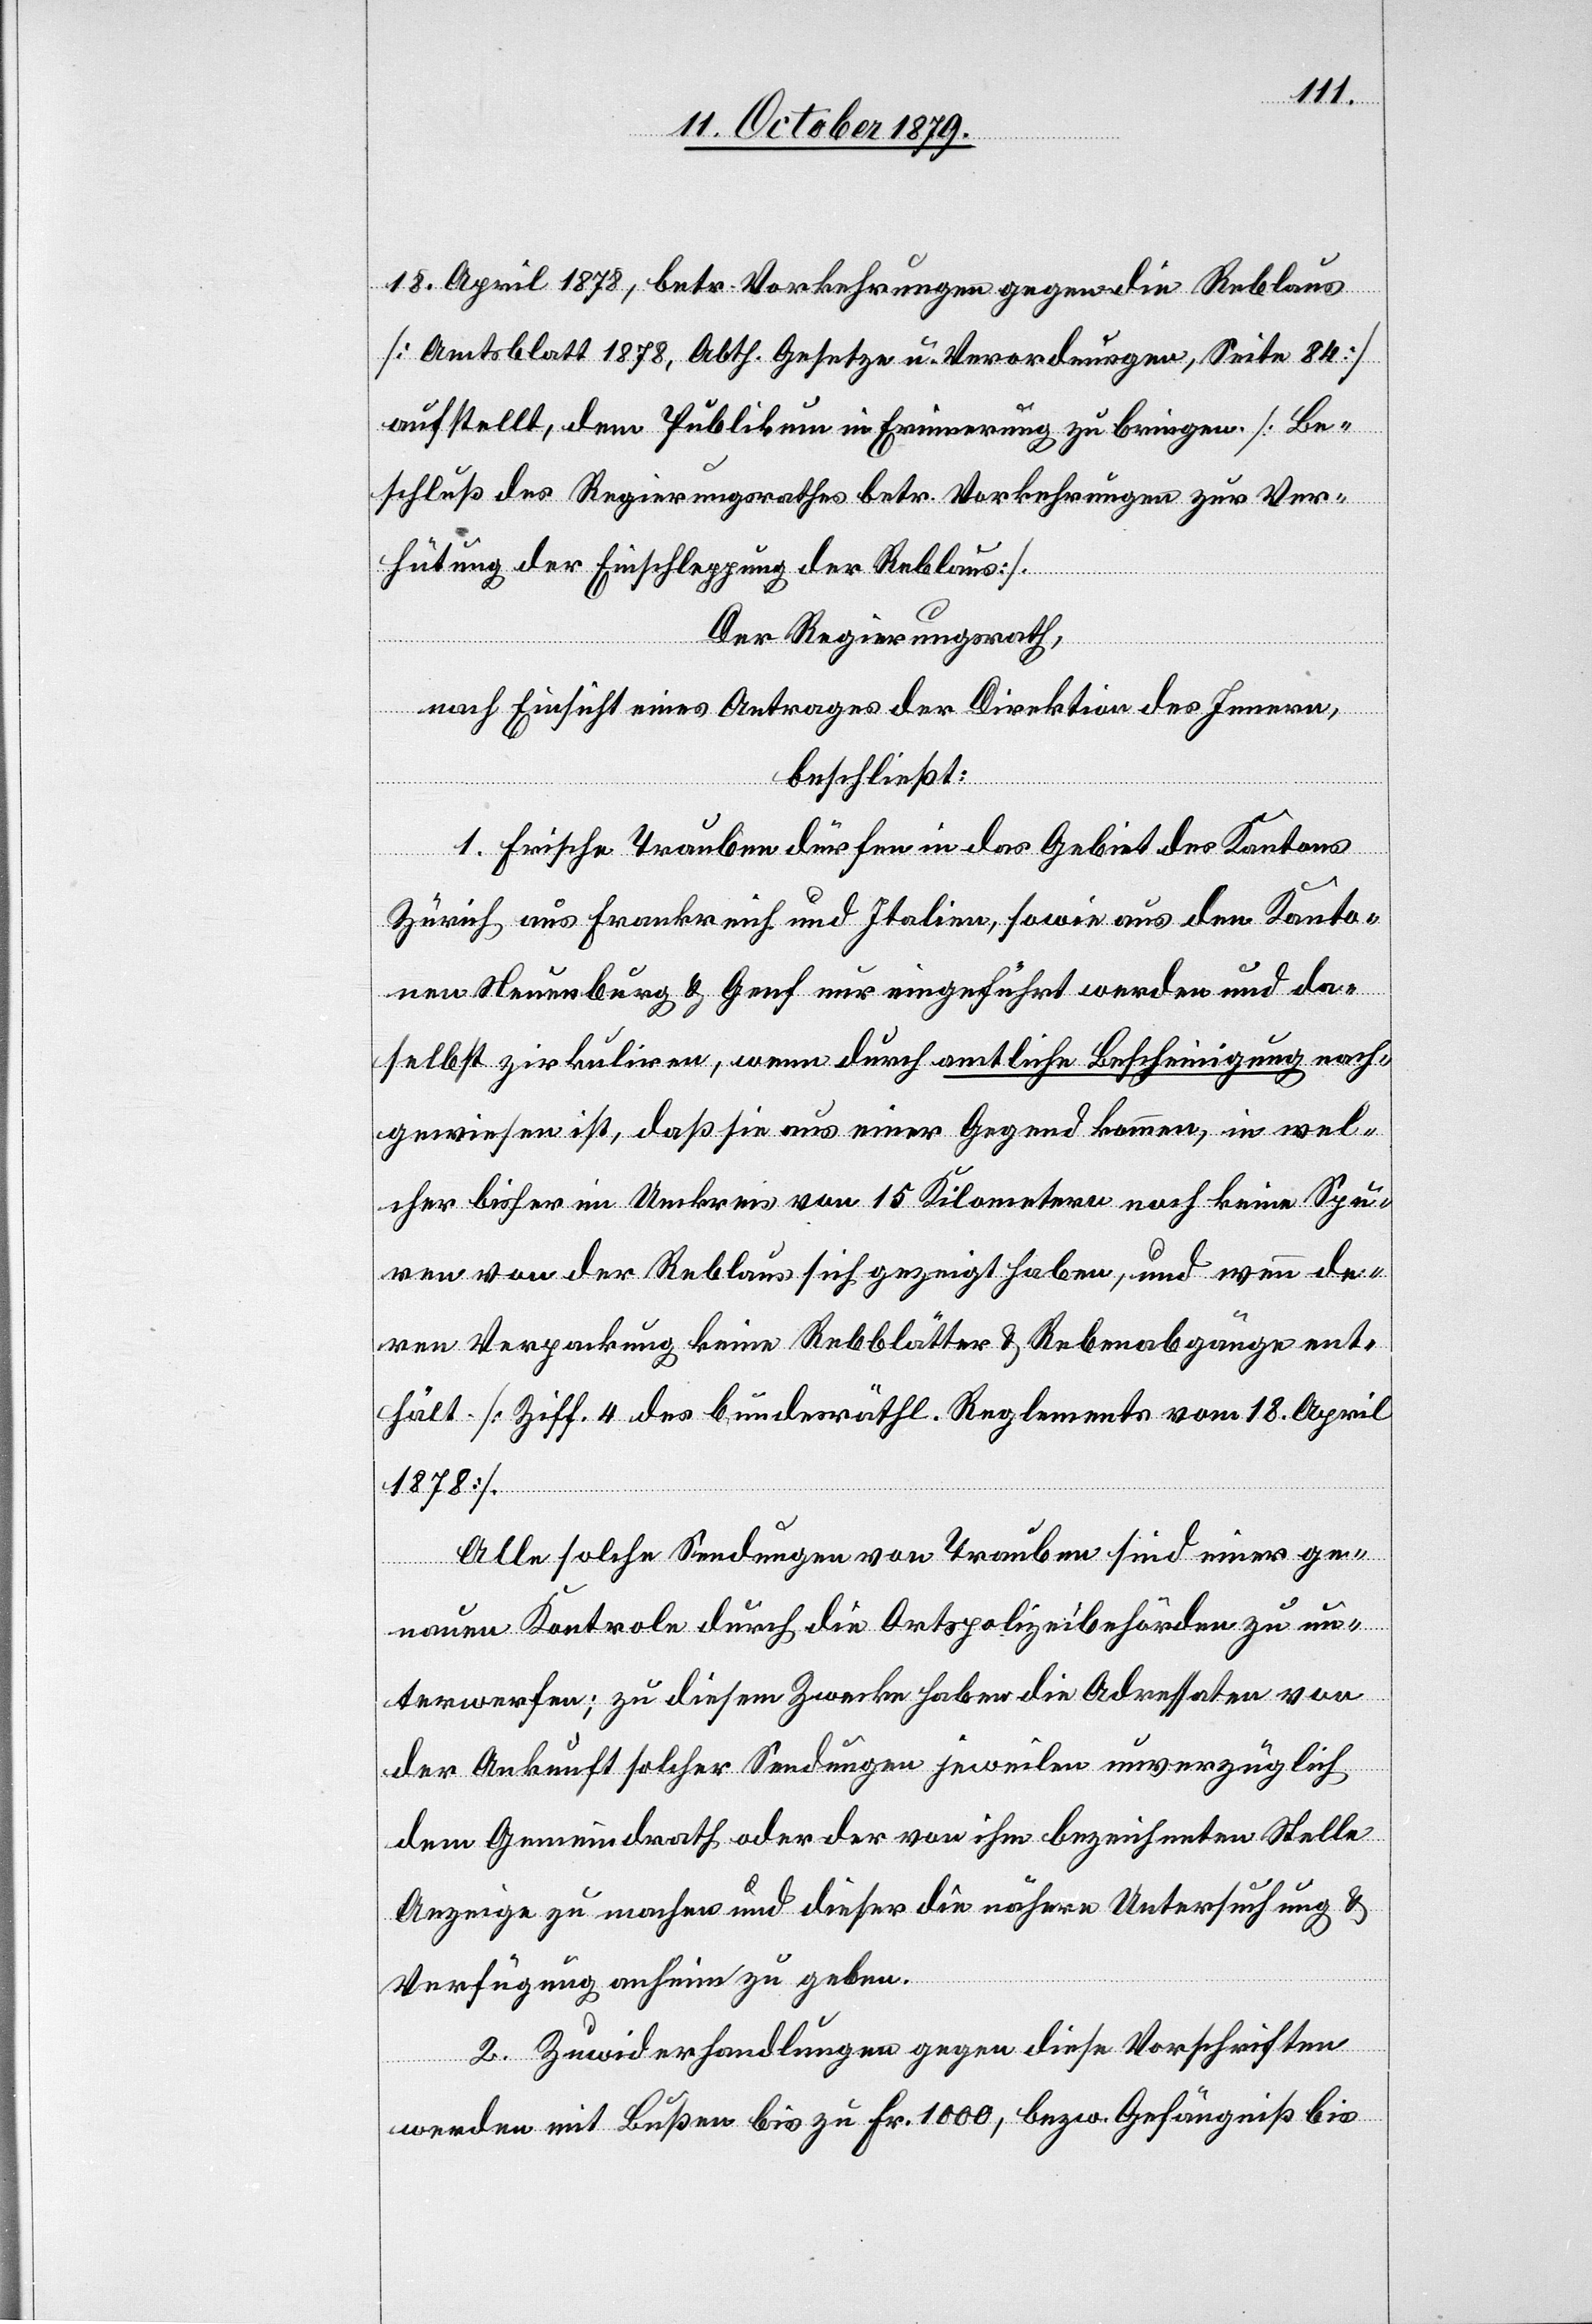
18. April 1878, betr. Vorkehrungen gegen die Reblaus
[Amtsblatt 1878, Abth. Gesetze u. Verordnungen, Seite 84]
aufstellt, dem Publikum in Erinnerung zu bringen. [Be¬
schluß des Regierungsrathes betr. Vorkehrungen zur Ver¬
hütung der Einschleppung der Reblaus].
Der Regierungsrath,
nach Einsicht eines Antrages der Direktion des Innern,
beschließt:
1. Frische Trauben dürfen in das Gebiet des Kantons
Zürich aus Frankreich und Italien, sowie aus den Kanto¬
nen Neuenburg & Genf nur eingeführt werden und de¬
shalb zirkulieren, wenn durch amtliche Bescheinigung nach¬
gewiesen ist, daß sie aus einer Gegend kommen, in wel¬
cher bisher im Umkreis von 15 Kilometern noch keine Spu¬
ren von der Reblaus sich gezeigt haben, und wenn de¬
ren Verpackung keine Rebblätter & Rebenabgänge ent¬
hält. [Ziff. 4 des bundesräthl. Reglements vom 18. April
1878].
Alle solche Sendungen von Trauben sind einer ge¬
nauen Kontrole durch die Ortspolizeibehörden zu un¬
terwerfen; zu diesem Zwecke haben die Adressaten von
der Ankunft solcher Sendungen jeweilen unverzüglich
dem Gemeindrath oder der von ihm bezeichneten Stelle
Anzeige zu machen und dieser die nähere Untersuchung &
Verfügung anheim zu geben.
2. Zuwiderhandlungen gegen diese Vorschriften
werden mit Bußen bis zu Fr. 1000, bezw. Gefängniß bis